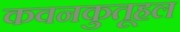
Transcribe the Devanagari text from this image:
कवनकुतूहल